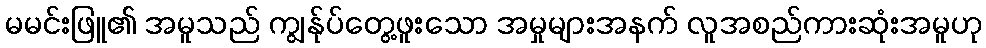
မမင်းဖြူ၏ အမူသည် ကျွန်ုပ်တွေ့ဖူးသော အမှုများအနက် လူအစည်ကားဆုံးအမူဟု